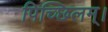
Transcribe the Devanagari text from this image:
पिच्छिलम्।